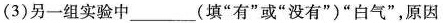
(3)另一组实验中___(填”有”或”没有”)”白气”，原因